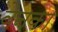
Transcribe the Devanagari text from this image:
वेनका